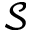
\mathcal S